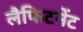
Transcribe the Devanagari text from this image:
लैफिटनेंट